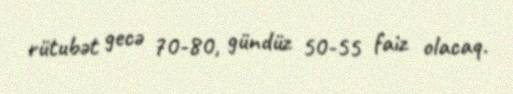
rütubət gecə 70-80, gündüz 50-55 faiz olacaq.